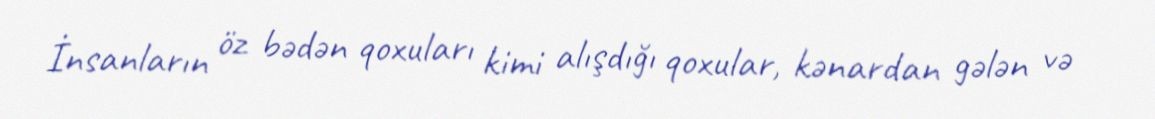
İnsanların öz bədən qoxuları kimi alışdığı qoxular, kənardan gələn və